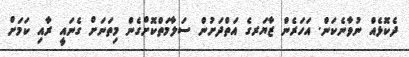
ދެކޮޅެއް ނުވާނެކަން. އަހަރެން ޒާޔަރގެ އަތްދަށުން ސަލާމަތްކޮށްގެން މިތަނަށް ގެނައީ ރާއި ކަމަށް